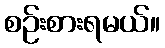
စဉ်းစားရမယ်။